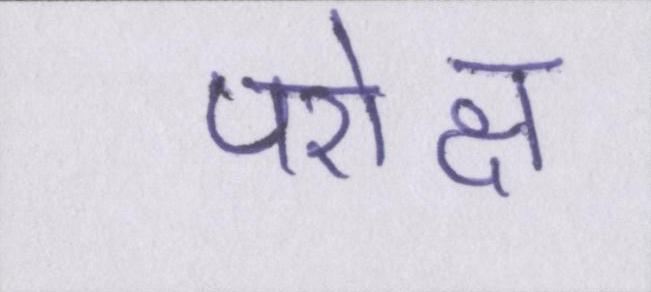
परोक्ष